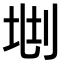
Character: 𠜩